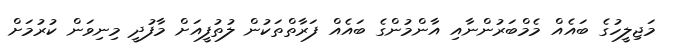
މަޖިލީހުގެ ބައެއް މެމްބަރުންނާއި އާންމުންގެ ބައެއް ފަރާތްތަކުން ލުތުފީއަށް މާފުދީ މިނިވަން ކުރުމަށް